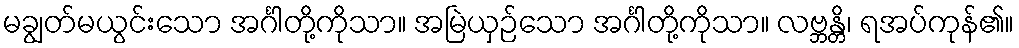
မချွတ်မယွင်းသော အင်္ဂါတို့ကိုသာ။ အမြဲယှဉ်သော အင်္ဂါတို့ကိုသာ။ လဗ္ဘန္တိ၊ ရအပ်ကုန်၏။